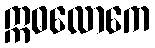
ဣဓလောကေ